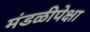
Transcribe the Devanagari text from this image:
मंडळीपेक्षा